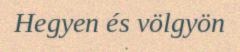
Hegyen és völgyön